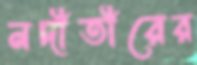
নদীতীরের